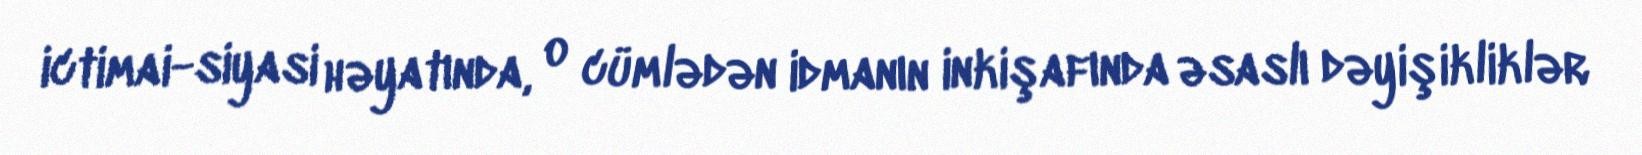
ictimai-siyasi həyatında, o cümlədən idmanın inkişafında əsaslı dəyişikliklər